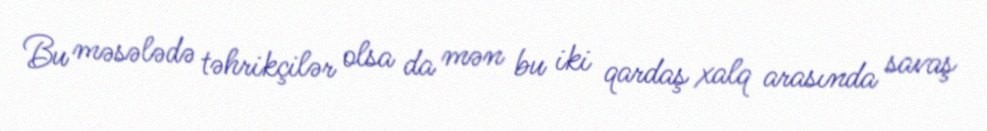
Bu məsələdə təhrikçilər olsa da mən bu iki qardaş xalq arasında savaş